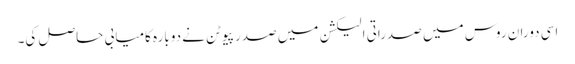
اسی دوران روس میں صدراتی الیکشن میں صدر پیوٹن نے دوبارہ کامیابی حاصل کی۔